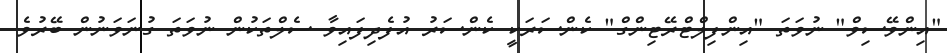
"އިންވޭސިވް" ނުވަތަ "އިންފިލްޓްރޭޓިންގް" ކެންސަރަކީ ކެންސަރު އުފެދިފައިވާ ސެލްތަކުން ނުވަތަ ގުނަވަނުން ބޭރުވެ